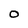
Character: O